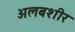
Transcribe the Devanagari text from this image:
अलबशीर